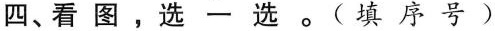
四、看图，选一选。(填序号)